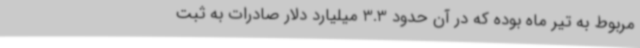
مربوط به تیر ماه بوده که در آن حدود 3.3 میلیارد دلار صادرات به ثبت